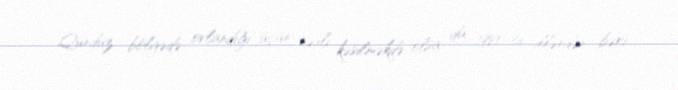
Qunduz, bölgədə ovlandığı üçün nəsli kəsilməkdə olsa da, 1980-ci illərdən bəri